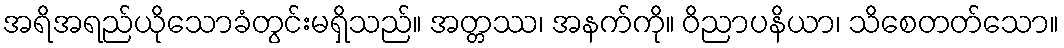
အရိအရည်ယိုသောခံတွင်းမရှိသည်။ အတ္တဿ၊ အနက်ကို။ ဝိညာပနိယာ၊ သိစေတတ်သော။